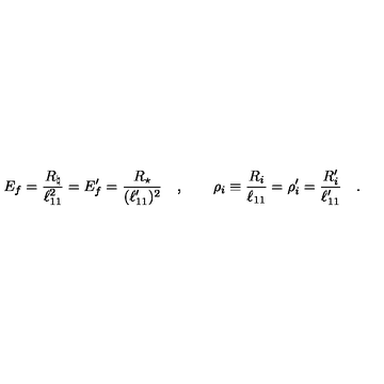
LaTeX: E _ { f } = { \frac { R _ { \natural } } { \ell _ { 1 1 } ^ { 2 } } } = E _ { f } ^ { \prime } = { \frac { R _ { \star } } { ( \ell _ { 1 1 } ^ { \prime } ) ^ { 2 } } } \quad , \qquad \rho _ { i } \equiv { \frac { R _ { i } } { \ell _ { 1 1 } } } = \rho _ { i } ^ { \prime } = { \frac { R _ { i } ^ { \prime } } { \ell _ { 1 1 } ^ { \prime } } } \quad .